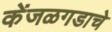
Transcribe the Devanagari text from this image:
केंजळगडाचे